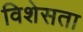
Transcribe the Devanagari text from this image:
विशेसता